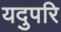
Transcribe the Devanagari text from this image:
यदुपरि